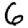
Digit: 6